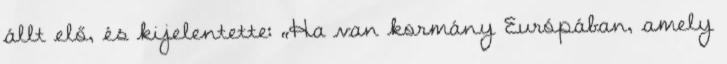
állt elő, és kijelentette: „Ha van kormány Európában, amely